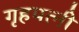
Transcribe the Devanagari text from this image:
गृहपत्नी